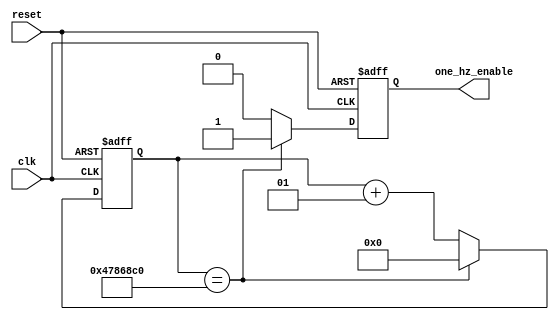
`timescale 1ns / 1ps
//////////////////////////////////////////////////////////////////////////////////
// Company: 
// Engineer: 
// 
// Design Name: 
// Module Name:    one_hz_enable_generator 
// Project Name: 
// Target Devices: 
// Tool versions: 
// Description: 
//
// Dependencies: 
//
// Revision: 
// Revision 0.01 - File Created
// Additional Comments: 
//
//////////////////////////////////////////////////////////////////////////////////
module one_hz_enable_generator(input clk,input reset,output reg one_hz_enable);
	parameter MAX = 75000000;
	integer counter;
	
	always @ (posedge clk or posedge reset)
		begin
			if(reset)
				begin
					one_hz_enable <= 0;
					counter <= 0;
				end
			else if(counter == MAX)
				begin
					one_hz_enable <= 1;
					counter <= 0;
				end
			else
				begin
					one_hz_enable <= 0;
					counter <= counter + 1;
				end
		end


endmodule